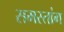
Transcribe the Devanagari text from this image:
समस्तांग